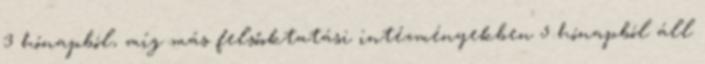
3 hónapból, míg más felsőoktatási intézményekben 5 hónapból áll